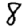
Digit: 8